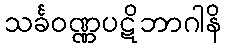
သင်္ခဝဏ္ဏပဋိဘာဂါနိ